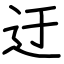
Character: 迂